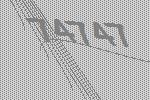
74747